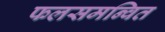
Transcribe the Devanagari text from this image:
फलसमन्वित